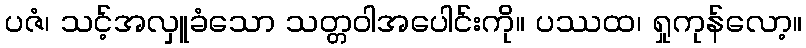
ပဇံ၊ သင့်အလှူခံသော သတ္တဝါအပေါင်းကို။ ပဿထ၊ ရှုကုန်လော့။